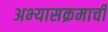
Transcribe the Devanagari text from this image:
अभ्‍यासक्रमाची